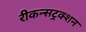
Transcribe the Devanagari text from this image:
रीकन्सट्रक्शन